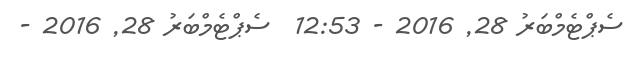
ސެޕްޓެމްބަރު 28